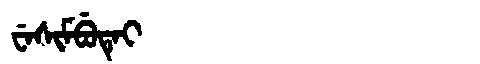
Manchu: ᠸᡝᠰᡳᠮᠪᡠᡨᡝᡳ
Romanization: WESIMBUTEI